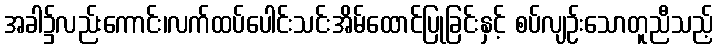
အခါ၌လည်းကောင်း၊လက်ထပ်ပေါင်းသင်းအိမ်ထောင်ပြုခြင်းနှင့် စပ်လျဉ်းသောတူညီသည့်